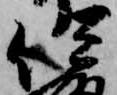
伊